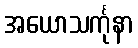
အယောသင်္ကုနာ